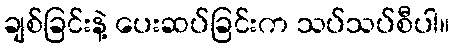
ချစ်ခြင်းနဲ့ ပေးဆပ်ခြင်းက သပ်သပ်စီပါ။